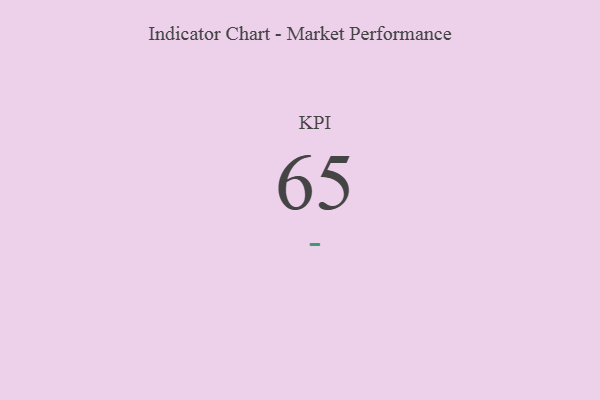
{"axis": {"x": "KPI", "y": "Value"}, "legend": [""], "data": [{"x": "KPI", "y": 65, "type": ""}]}